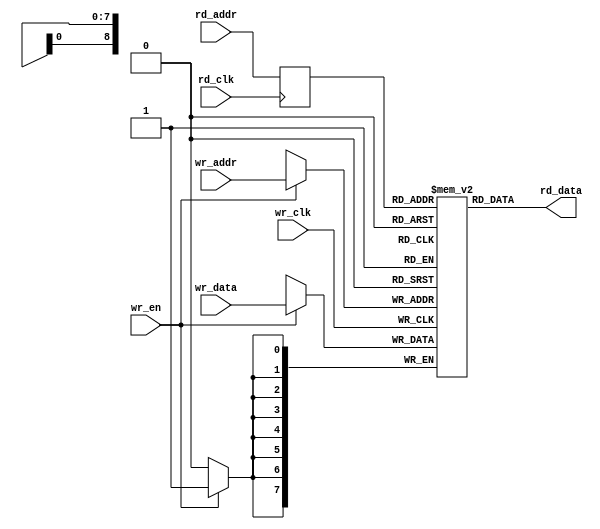
//  ------------------------- CONFIDENTIAL ----------------------------------
//
//                 (c) Copyright 2010 by Northwest Logic, Inc.
//
//  All rights reserved.  No part of this source code may be reproduced or
//  transmitted in any form or by any means, electronic or mechanical,
//  including photocopying, recording, or any information storage and
//  retrieval system, without permission in writing from Northest Logic, Inc.
//
//  Further, no use of this source code is permitted in any form or means
//  without a valid, written license agreement with Northwest Logic, Inc.
//
// $Date: 2010-09-21 09:24:01 -0700 (Tue, 21 Sep 2010) $
// $Revision: 14354 $
//
//                         Northwest Logic, Inc.
//                  1100 NW Compton Drive, Suite 100
//                      Beaverton, OR 97006, USA
//
//                       Ph.  +1 503 533 5800
//                       Fax. +1 503 533 5900
//                          www.nwlogic.com
//
//  -------------------------------------------------------------------------

`timescale 1ps / 1ps



// -----------------------
// -- Module Definition --
// -----------------------

module ref_inferred_shallow_ram (

    wr_clk,
    wr_addr,
    wr_en,
    wr_data,

    rd_clk,
    rd_addr,
    rd_data

);



// ----------------
// -- Parameters --
// ----------------

parameter   ADDR_WIDTH          = 9;                // Set to desired number of address bits
parameter   DATA_WIDTH          = 8;                // Set to desired number of data bits
parameter   FAST_READ           = 0;                // If 1, allows simultaneous read and write

`ifdef SIMULATION
localparam  INITIAL_SIM_VALUE   = 1'b0;             // Set the initial value for all ram bits (used for simulation only)
`endif
localparam  NUM_WORDS           = 1 << ADDR_WIDTH;  // The number of words is 2^ADDR_WIDTH



// -----------------------
// -- Port Declarations --
// -----------------------

input                           wr_clk;
input   [ADDR_WIDTH-1:0]        wr_addr;
input                           wr_en;
input   [DATA_WIDTH-1:0]        wr_data;

input                           rd_clk;
input   [ADDR_WIDTH-1:0]        rd_addr;
output  [DATA_WIDTH-1:0]        rd_data;



// ----------------
// -- Port Types --
// ----------------

wire                            wr_clk;
wire    [ADDR_WIDTH-1:0]        wr_addr;
wire                            wr_en;
wire    [DATA_WIDTH-1:0]        wr_data;

wire                            rd_clk;
wire    [ADDR_WIDTH-1:0]        rd_addr;
wire    [DATA_WIDTH-1:0]        rd_data;



// ---------------------
// -- Local Variables --
// ---------------------

reg     [ADDR_WIDTH-1:0]        r_rd_addr;
reg     [DATA_WIDTH-1:0]        mem [NUM_WORDS-1:0] /* synthesis syn_ramstyle="select_ram" */;

// Above attribute for Synplify; below for XST

// synthesis attribute ram_style of mem is "distributed"



// ---------------
// -- Equations --
// ---------------

// Perform RAM write
always @(posedge wr_clk)
begin
    if (wr_en)
        mem[wr_addr] <= wr_data;
end

// Register read inputs
// bluepearl disable 24 (Register 'X' has no asynchronous preset/clear)
// bluepearl disable 224  Synchronization of data crossing clock domain boundary is attempted using a memory/register file
always @(posedge rd_clk)
begin
    r_rd_addr <= rd_addr;
end
// bluepearl enable 24
// bluepearl enable 224  Synchronization of data crossing clock domain boundary is attempted using a memory/register file

`ifdef SIMULATION

reg [ADDR_WIDTH-1:0] r_wr_addr;
reg                  r_wr_en;
wire                 wr_rd_collision;

always @(posedge wr_clk)
begin
    r_wr_en <= wr_en;
    if (wr_en == 1'b1)
        r_wr_addr = wr_addr;
end

assign wr_rd_collision = (FAST_READ == 1) ? 1'b0 : (r_wr_en & (r_wr_addr == r_rd_addr));

initial r_rd_addr = {ADDR_WIDTH{1'b0}};

assign rd_data = (wr_rd_collision == 1'b1) ? {DATA_WIDTH{1'bx}} : mem[r_rd_addr];

// Initialize the memory for simualtion
integer i;
initial
begin
    for (i=0; i<NUM_WORDS; i=i+1)
        mem[i] = {DATA_WIDTH{INITIAL_SIM_VALUE}};
end
`else

assign rd_data = mem[r_rd_addr];
`endif

`ifdef SIMULATION
initial $display("%m: RAM Instance using ADDR_WIDTH=%d, DATA_WIDTH=%d, FAST_READ=%d",ADDR_WIDTH,DATA_WIDTH,FAST_READ);
`endif

endmodule